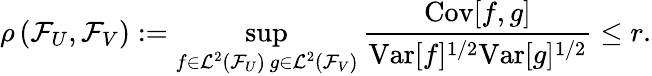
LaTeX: \rho\left(\mathcal{F}_{U},\mathcal{F}_{V}\right):=\operatorname*{sup}_{\substack{f\in\mathcal{L}^{2}\left(\mathcal{F}_{U}\right)\, g\in\mathcal{L}^{2}\left(\mathcal{F}_{V}\right)}}\frac{\mathrm{Cov}[f,g]}{\mathrm{Var}[f]^{1/2}\mathrm{Var}[g]^{1/2}}\leq r.